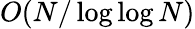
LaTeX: O(N/\log\log N)